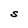
Character: S